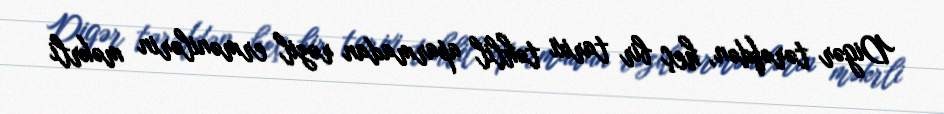
Digər tərəfdən, heç bir tarixi təhlil aparmadan rəzil ermənilərin məkrli